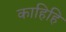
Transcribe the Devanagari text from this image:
काहिहि